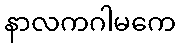
နာလကဂါမကေ